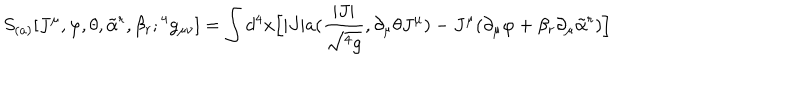
S _ { ( a ) } [ J ^ { \mu } , \varphi , \theta , { \tilde { \alpha } } ^ { r } , \beta _ { r } ; { } ^ { 4 } g _ { \mu \nu } ] = \int d ^ { 4 } x \Big [ | J | a ( { \frac { | J | } { \sqrt { { } ^ { 4 } g } } } , \partial _ { \mu } \theta J ^ { \mu } ) - J ^ { \mu } ( \partial _ { \mu } \varphi + \beta _ { r } \partial _ { \mu } { \tilde { \alpha } } ^ { r } ) \Big ]